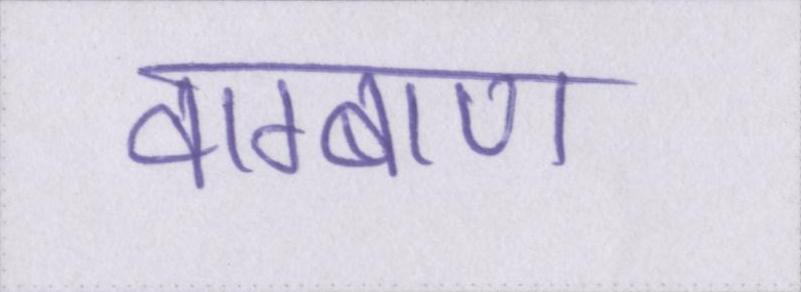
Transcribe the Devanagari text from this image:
वाग्बाण